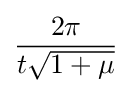
{\frac {2\pi }{t{\sqrt {1+\mu }}}}